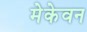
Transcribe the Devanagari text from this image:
मेकेवन